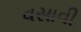
વસાવી